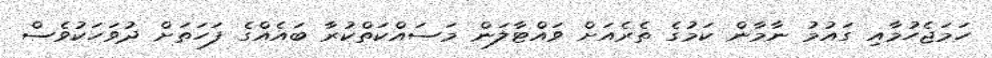
ހަމަޖެހުމާއި ގައުމު ނާމާން ކަމުގެ ތެރެއަށް ވައްޓާލަން މަސައްކަތްކުރާ ބައެއްގެ ފަހަތަށް ދުވަހަކުވެސް